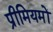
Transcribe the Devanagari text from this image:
प्रीमियमों